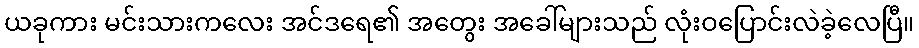
ယခုကား မင်းသားကလေး အင်ဒရေ၏ အတွေး အခေါ်များသည် လုံးဝပြောင်းလဲခဲ့လေပြီ။